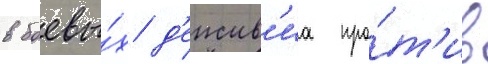
в боевы́х д'еиств'иа про́т'ив